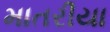
માતરીયા